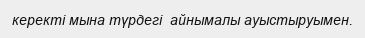
керекті мына түрдегі  айнымалы ауыстыруымен.